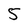
Character: 5